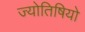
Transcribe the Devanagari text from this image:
ज्योतिषियो